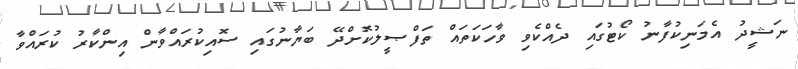
ނަޝީދު އެމަނިކުފާނު ކޯޓުގައި ދެއްކެވި ވާހަކަތައް ތަފްޞީލުކޮށްދޭ ބަޔާނުގައި ސޮއިކުރައްވާން އިންކާރު ކުރައްވާ